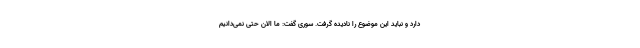
دارد و نباید این موضوع را نادیده گرفت. سوری گفت: ما الان حتی نمی‌دانیم